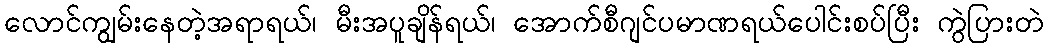
လောင်ကျွမ်းနေတဲ့အရာရယ်၊ မီးအပူချိန်ရယ်၊ အောက်စီဂျင်ပမာဏရယ်ပေါင်းစပ်ပြီး ကွဲပြားတဲ